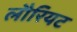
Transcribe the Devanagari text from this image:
लौरियट